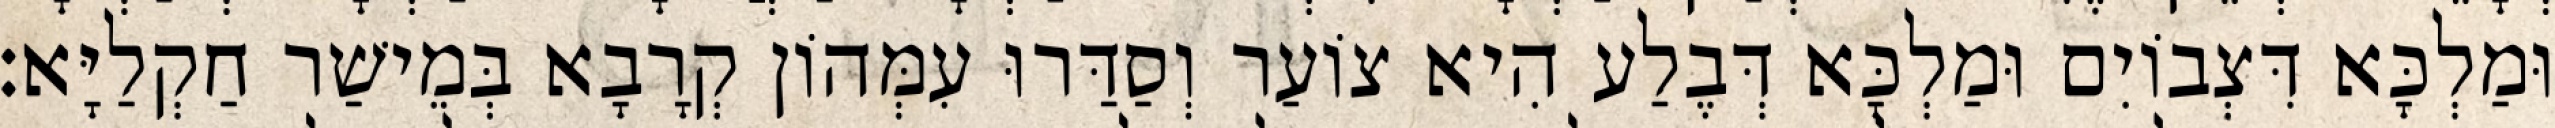
וּמַלְכָּא דִּצְבוֹיִם וּמַלְכָּא דְּבֶלַע הִיא צוֹעַר וְסַדַּרוּ עִמְּהוֹן קְרָבָא בְּמֵישַׁר חַקְלַיָּא׃